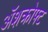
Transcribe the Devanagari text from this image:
ॲशक्रोफ्ट